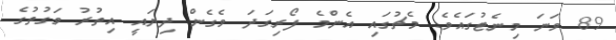
89 ވަނަ މިނެޓުގައެވެ. މެޗުގައި އެންމެ ފޯރިގަދަ ވެގެން ދިޔައީ އިތުރު ވަގުތުގެ